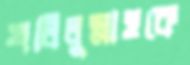
খলিলুল্লাহকে